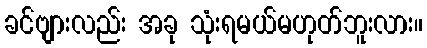
ခင်ဗျားလည်း အခု သုံးရမယ်မဟုတ်ဘူးလား။